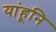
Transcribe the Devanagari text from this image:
यांहूनि